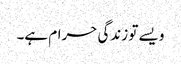
ویسے تو زندگی حرام ہے۔